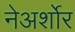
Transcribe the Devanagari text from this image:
नेअर्शोर